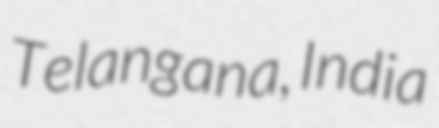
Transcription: Telangana, India